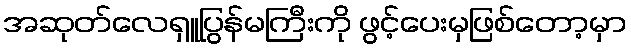
အဆုတ်လေရှူပြွန်မကြီးကို ဖွင့်ပေးမှဖြစ်တော့မှာ